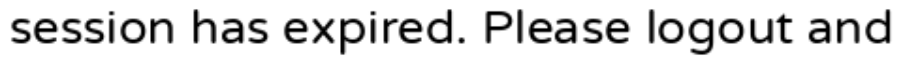
session has expired. Please logout and